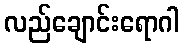
လည်ချောင်းရောဂါ